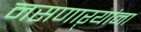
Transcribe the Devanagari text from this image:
नसणाऱ्यांना